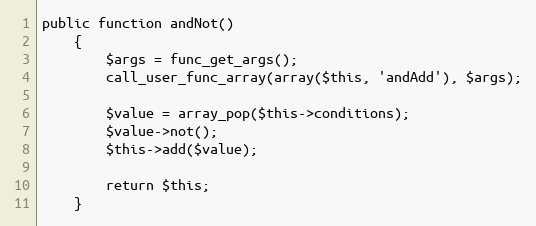
Language: PHP
public function andNot()
    {
        $args = func_get_args();
        call_user_func_array(array($this, 'andAdd'), $args);

        $value = array_pop($this->conditions);
        $value->not();
        $this->add($value);

        return $this;
    }